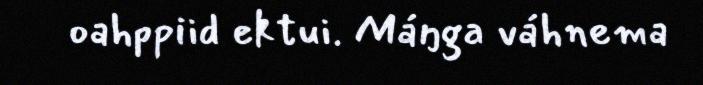
oahppiid ektui. Máŋga váhnema